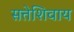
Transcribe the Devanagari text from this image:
सत्तेशिवाय